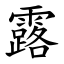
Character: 露